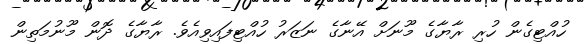
ހުއްޓިގެން ހުރި ރާޔާގެ މޫނަށް އޭނާގެ ނަޒަރު ހުއްޓިފައިވިއެވެ. ރާޔާގެ ދޮން މޫނުމަތިން